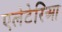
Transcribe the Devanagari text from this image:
एलेटेरिआ